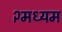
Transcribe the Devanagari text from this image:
२मध्यम